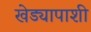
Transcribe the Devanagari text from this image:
खेड्यापाशी